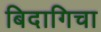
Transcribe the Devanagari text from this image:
बिदागिचा